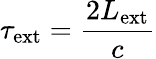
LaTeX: \tau_{\mathrm{ext}}=\frac{2L_{\mathrm{ext}}}{c}